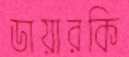
ডায়ারকি